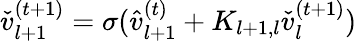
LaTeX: \begin{array}{r}{\check{v}_{l+1}^{(t+1)}=\sigma(\hat{v}_{l+1}^{(t)}+K_{l+1,l}\check{v}_{l}^{(t+1)})}\end{array}